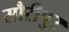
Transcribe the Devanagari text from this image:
सौरीपुर